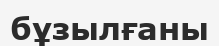
бұзылғаны